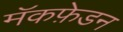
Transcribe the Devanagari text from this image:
मॅकफ़ेडन